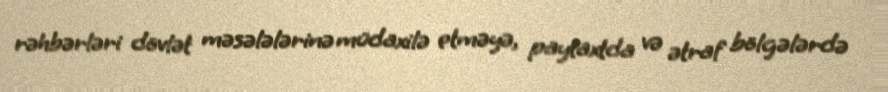
rəhbərləri dövlət məsələlərinə müdaxilə etməyə, paytaxtda və ətraf bölgələrdə